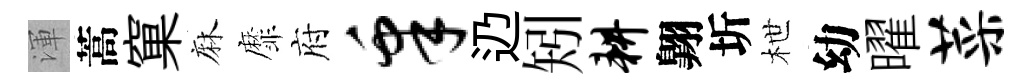
渾蒿窠麻靡府皋辸矧耕翺圻枻幼曜菜